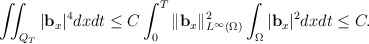
\begin{align*}\iint_{Q_T}|\mathbf{b}_x |^4dxdt\leq C\int_0^T\|\mathbf{b}_x\|_{L^\infty(\Omega)}^2\int_\Omega|\mathbf{b}_x|^2dxdt\leq C.\end{align*}